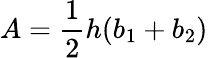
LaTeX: A={\frac{1}{2}}h(b_{1}+b_{2})